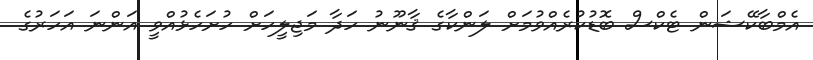
އެމްބާކޭޝަން ޓެކްސް ބޮޑުކުރެއްވުމަށް ލަންކާގެ ޤާނޫނު ހަދާ މަޖިލީހަށް ހުށަހެޅުއްވީ އަންނަ އަހަރުގެ